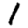
Digit: 1